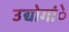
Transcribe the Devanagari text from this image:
उद्योगांे